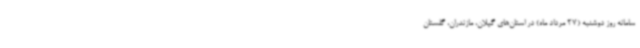
سامانه روز دوشنبه (27 مرداد ماه) در استان‌های گیلان، مازندران، گلستان